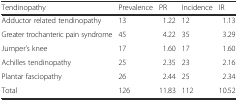
<table><thead><tr><td><b>Tendinopathy</b></td><td><b>Prevalence</b></td><td><b>PR</b></td><td><b>Incidence</b></td><td><b>IR</b></td></tr></thead><tbody><tr><td>Adductor related tendinopathy</td><td>13</td><td>1.22</td><td>12</td><td>1.13</td></tr><tr><td>Greater trochanteric pain syndrome</td><td>45</td><td>4.22</td><td>35</td><td>3.29</td></tr><tr><td>Jumper’s knee</td><td>17</td><td>1.60</td><td>17</td><td>1.60</td></tr><tr><td>Achilles tendinopathy</td><td>25</td><td>2.35</td><td>23</td><td>2.16</td></tr><tr><td>Plantar fasciopathy</td><td>26</td><td>2.44</td><td>25</td><td>2.34</td></tr><tr><td>Total</td><td>126</td><td>11.83</td><td>112</td><td>10.52</td></tr></tbody></table>